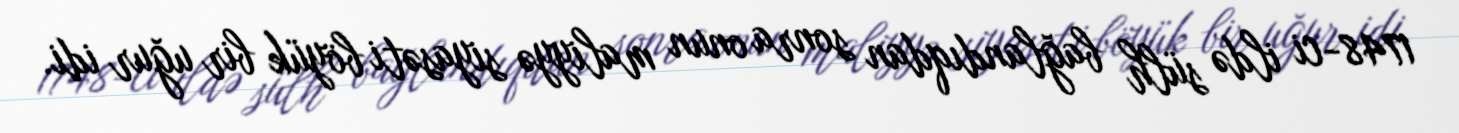
1748-ci ildə sülh bağlandıqdan sonra onun maliyyə siyasəti böyük bir uğur idi.